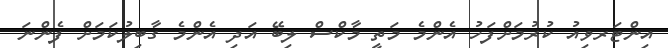
އިންޓަރވިއު ކުރުމަށްފަހު އެންމެ މަތީ މާކްސް ލިބޭ އަދި އެންމެ ގާބިލުކަމަށް ފެންނަ